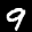
Label: 9